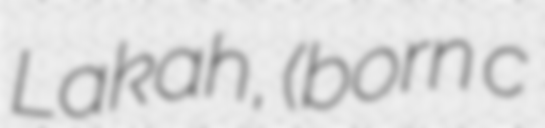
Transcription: Lakah, (born c